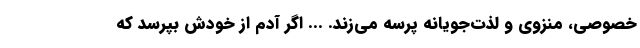
خصوصی، منزوی و لذت‌جویانه پرسه می‌زند. ... اگر آدم از خودش بپرسد که